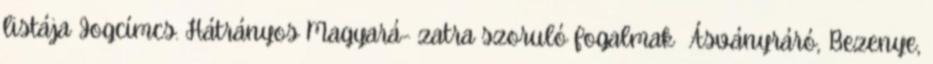
listája Jogcímcs. Hátrányos Magyará- zatra szoruló fogalmak ▪Ásványráró, Bezenye,